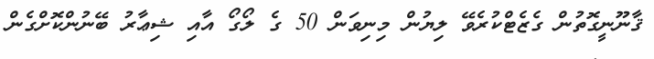
ޤާނޫނީގޮތުން ގެޒެޓްކުރެވޭ ލިޔުން މިނިވަން 50 ގެ ލޯގޯ އާއި ޝިޢާރު ބޭނުންކޮށްގެން